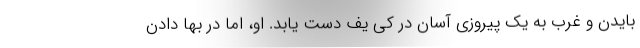
بایدن و غرب به یک پیروزی آسان در کی یف دست یابد. او، اما در بها دادن